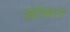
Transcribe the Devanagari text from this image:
खंडहरो